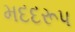
મદદરૂપ